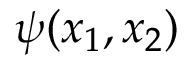
\psi ( x _ { 1 } , x _ { 2 } )